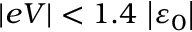
\vert e V \vert < 1 . 4 \, \left\vert \varepsilon _ { 0 } \right\vert